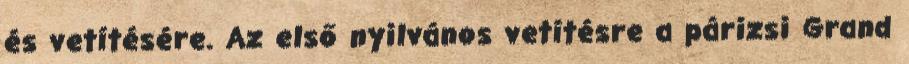
és vetítésére. Az első nyilvános vetítésre a párizsi Grand